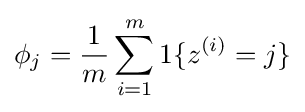
\phi _{j}={\frac {1}{m}}\sum _{i=1}^{m}1\{z^{(i)}=j\}